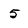
Character: 5